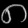
Digit: ၈